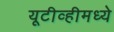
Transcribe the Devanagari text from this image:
यूटीव्हीमध्ये